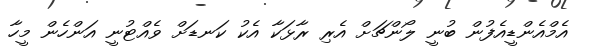
އެމްއެންޑީއެފުން ބުނީ ލޯންޗަށް އެރި ރާޅަކާ އެކު ކަނޑަށް ވެއްޓުނީ އަންހެން މީހާ